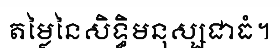
តម្លៃនៃសិទ្ធិមនុស្សជាធំ។